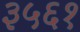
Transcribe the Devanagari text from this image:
३५६१